Dysentery and liver abscess in Bombay - Number 47
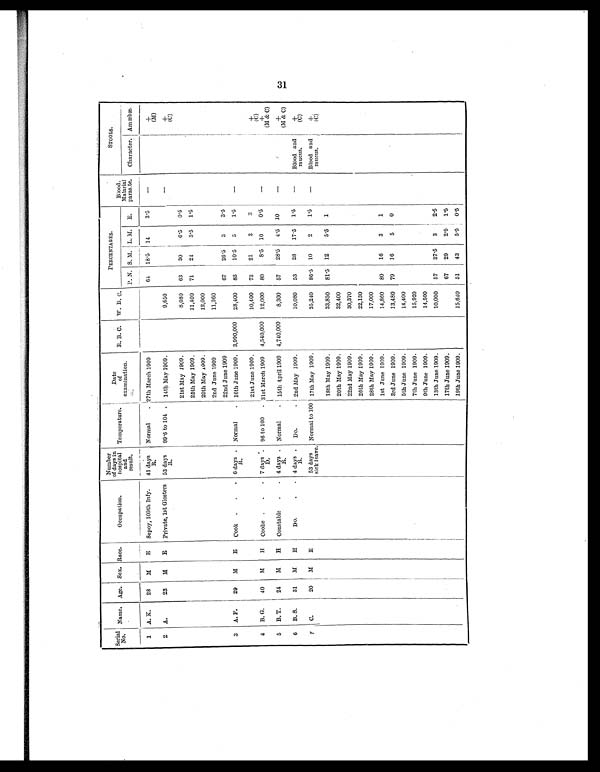
Serial
No. Name. Age. Sex. Race.
Occupation.
Number
of days in
hospital
and
result
Temperature.
Date
of
examination.
"
R. B. C. W W. B. C.
PERCENTAGES.
Blood.
Malarial
paras.te.
STOOLS.
P. N. S. M. L. M. E.
Character.
____
Amœbæ.
1 A. K.
28
M
E Sepoy, 109th Infy.
41 days
R.
Normal
27th March 1909
64 18.5 14
3.5
—
±
(M)
2 A.
23
M
E Private, 1st Glosters 53 days
It.
99.6 to 104
14th May 1909.
9,650
—
+
(C)
21st May 1909.
8,080 63
30
6.5 0.5
25th May 1909.
11,400 71
24
3.5 1.5
29th May 1909.
12,000
2nd June 1909
11,960
22nd June 1909
67
26.5 3
3.5
3 A. F.
29
M
B Cook .
. . 6 days
Normal
16th June 1909. 3,990,000 28,400 83
10.5 5
1.5
—
21st June 1909.
10,400 73
21
3
3
+
4 B. G.
40
M
H Coolie .
.
7 days
D.
96 to 100
3 1 s t M a r c h 1 9 0 9
4,540,000 12,000 80
8.5 10
0.5
—
(C)
+
5 B. T.
24
M
H Constable .
4 days
R.
Normal
15th April 1909 4,740,000
8,300 57
28.5 4.5 10
—
(M & C)
+
(M & C)
6 B. S.
31
M
H
Do
. 4 days
R.
Do
2nd May 1909.
10,080 53
28
17'5 1.5
—
Blood and
mucus.
+
(C)
C.
20
31
E
53 days
sick leave.
Normal to 100 17th May 1909.
35,240 86'5 10
2
1.
—
Blood
mucus and
+
18th Play 1909.
33,850 81.5 12
5.
1
(C)
20th Play 1909.
32,400
22nd May 1909.
30,370
26th May 1909.
22,130
28th Play 1909.
17,000
1st June 1909.
14,860 80
16
3
1
3rd June 1909.
13,480 79
16
5
0
5th June 1909.
14,400
7th June 1909.
15,920
9th June 1909.
14,500
13th June 1909.
10,000 57
37'5 3
2.5
17th June 1909.
67
29
2.
1.
19th June 1909.
15,640 51
43
5.
0.